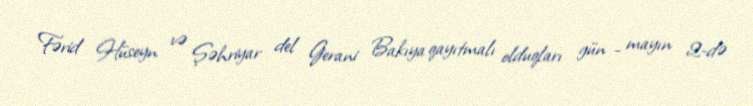
Fərid Hüseyn və Şəhriyar del Gerani Bakıya qayıtmalı olduqları gün - mayın 2-də